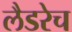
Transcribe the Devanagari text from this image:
लैडरेच